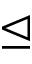
\trianglelefteq